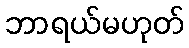
ဘာရယ်မဟုတ်